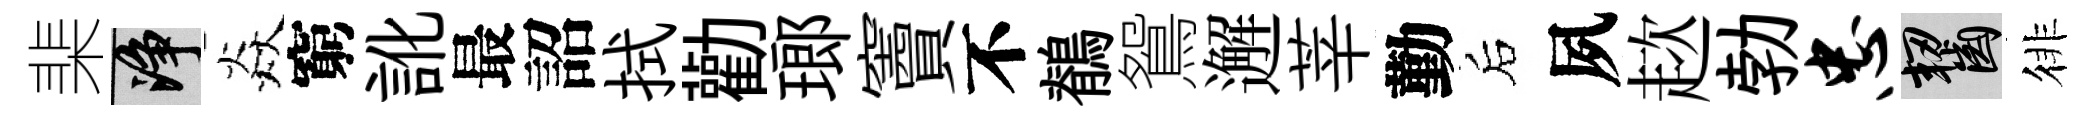
棐净焱窮訛最詔拭勸瑯竇不鶺鴛邂莘勤后夙趑勃忠齧徘